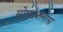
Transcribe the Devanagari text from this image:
सोफोक्लास